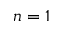
n = 1